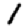
Digit: 1